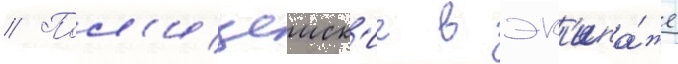
// Пол'ицеиск'ие в эк'ипа́же